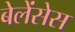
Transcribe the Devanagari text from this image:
बेलेंसेस